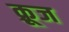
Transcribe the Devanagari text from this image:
क़्रूज